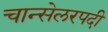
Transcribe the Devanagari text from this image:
चान्सेलरपदी